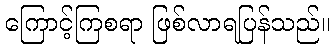
ကြောင့်ကြစရာ ဖြစ်လာရပြန်သည်။